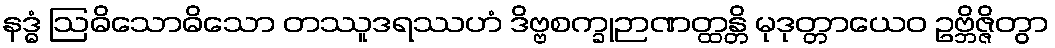
နဒ္ဓံ ဩဓိသောဓိသော တဿူဒရဿဟံ ဒိဗ္ဗစက္ခုဉာဏတ္ထန္တိ မုဒုတ္တာယေဝ ဥဗ္ဘိဇ္ဇိတွာ